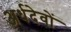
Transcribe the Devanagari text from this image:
अर्धदेवों